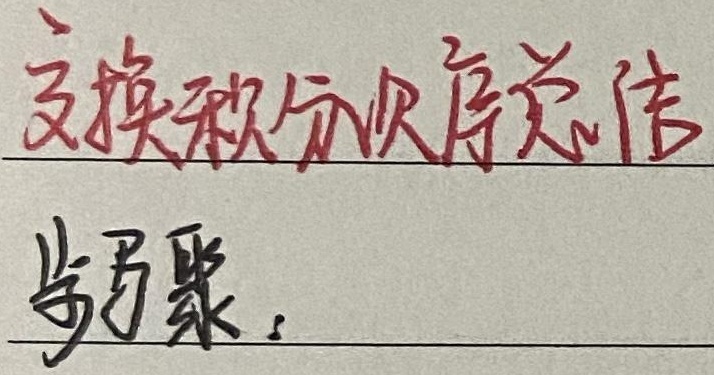
交换积分次序总结

步骤：